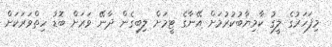
މިފަހަރުގެ ލީގު ކާމިޔާބުކުރުމަށް އޭނާގެ ޓީމަށް ލިބިގެން ދާނޭ ވަރަށް ބޮޑު ހިތްވަރަކަށް